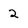
Character: 2